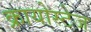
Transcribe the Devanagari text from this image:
क्रायोस्टेज